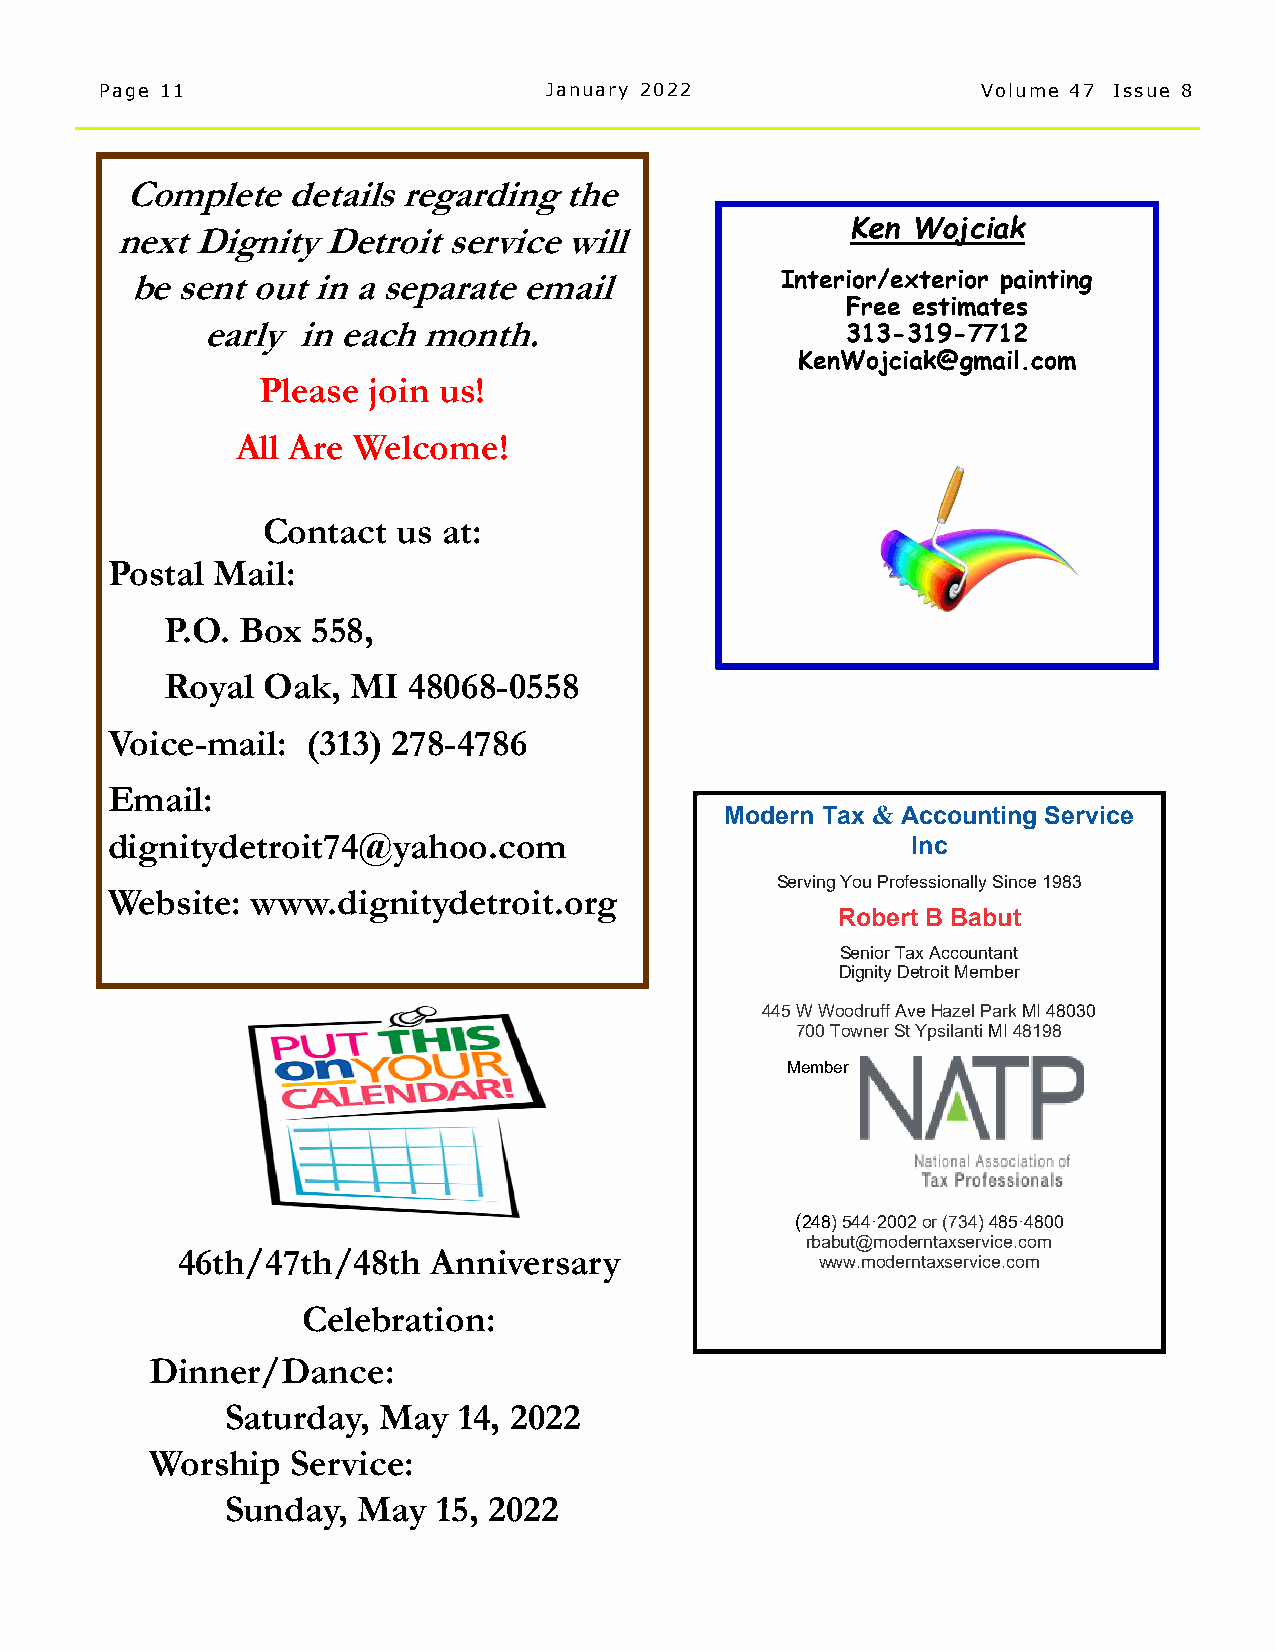
Page 11                      January 2022                 Volume 47 Issue 8
 Complete   details regarding the
 Ken Wojciak
 next Dignity Detroit  service will
 be  sent out in a separate email            Interior/exterior painting
 Free estimates
 early  in each month.
 313-319-7712
 KenWojciak@gmail.com
 Please join us!
 All Are Welcome!
 Contact  us at:
 Postal Mail:
 P.O. Box  558,
 Royal Oak,  MI  48068-0558
 Voice-mail:  (313) 278-4786
 Email:
 Modern Tax & Accounting Service
 dignitydetroit74@yahoo.com                           Inc
 Serving You Professionally Since 1983
 Website:  www.dignitydetroit.org
 Robert B Babut
 Senior Tax Accountant
 Dignity Detroit Member
 445 W Woodruff Ave Hazel Park MI 48030
 700 Towner St Ypsilanti MI 48198
 Member
 (248) 544·2002 or (734) 485·4800
 rbabut@moderntaxservice.com
 46th/47th/48th   Anniversary
 www.moderntaxservice.com
 Celebration:
 Dinner/Dance:
 Saturday, May  14, 2022
 Worship  Service:
 Sunday,  May  15, 2022